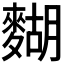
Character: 𪍒